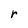
Character: r